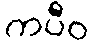
ကပီဝ